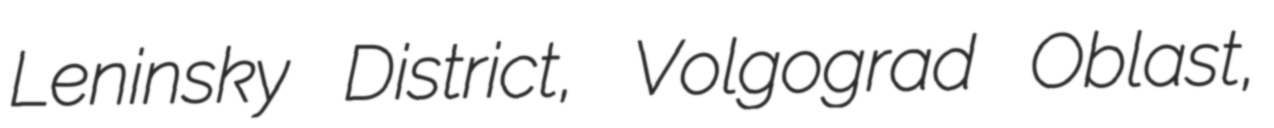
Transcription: Leninsky District, Volgograd Oblast,